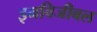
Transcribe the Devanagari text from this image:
इनविजीबल